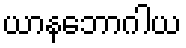
ယာနဘောဂါယ